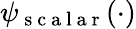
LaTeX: \psi_{\mathrm{~s~c~a~l~a~r~}}(\cdot)